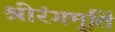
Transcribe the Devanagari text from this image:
श्रीरंगमूर्ति